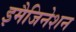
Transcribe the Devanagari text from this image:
इमैजिनेशन